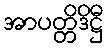
အာပတ္တိဒိဋ္ဌီ